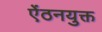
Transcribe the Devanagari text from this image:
ऐंठनयुक्त